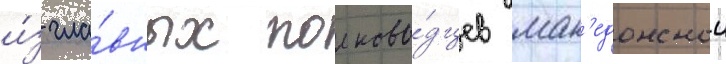
и́з гла́вных полково́дцев мак'едонскои